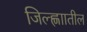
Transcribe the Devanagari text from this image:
जिल्ह्णाातील